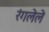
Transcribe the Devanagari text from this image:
रंगलेले